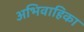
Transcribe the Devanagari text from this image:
अभिवाहिका